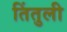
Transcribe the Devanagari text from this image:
तिंतुली